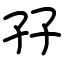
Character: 孖